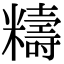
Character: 䊭